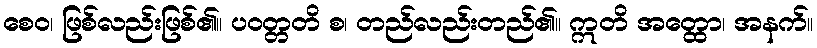
စေဝ၊ ဖြစ်လည်းဖြစ်၏။ ပဝတ္တတိ စ၊ တည်လည်းတည်၏။ ဣတိ အတ္ထော၊ အနက်။